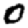
Digit: 0